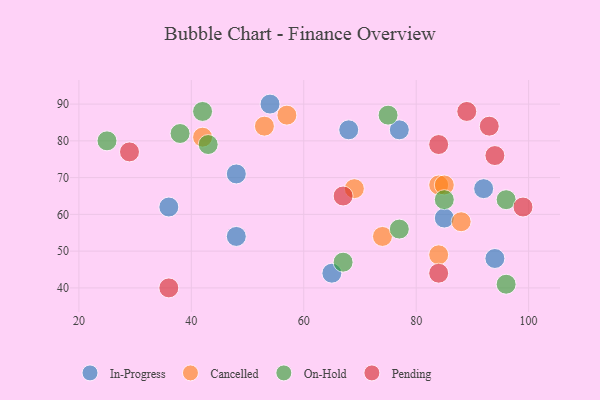
{"axis": {"x": "GDP", "y": "Life Expectancy"}, "legend": ["Cancelled", "In-Progress", "On-Hold", "Pending"], "data": [{"x": "77", "y": 83, "type": "In-Progress"}, {"x": "48", "y": 54, "type": "In-Progress"}, {"x": "36", "y": 62, "type": "In-Progress"}, {"x": "85", "y": 59, "type": "In-Progress"}, {"x": "94", "y": 48, "type": "In-Progress"}, {"x": "48", "y": 71, "type": "In-Progress"}, {"x": "92", "y": 67, "type": "In-Progress"}, {"x": "54", "y": 90, "type": "In-Progress"}, {"x": "65", "y": 44, "type": "In-Progress"}, {"x": "68", "y": 83, "type": "In-Progress"}, {"x": "84", "y": 68, "type": "Cancelled"}, {"x": "88", "y": 58, "type": "Cancelled"}, {"x": "85", "y": 68, "type": "Cancelled"}, {"x": "53", "y": 84, "type": "Cancelled"}, {"x": "42", "y": 81, "type": "Cancelled"}, {"x": "74", "y": 54, "type": "Cancelled"}, {"x": "57", "y": 87, "type": "Cancelled"}, {"x": "84", "y": 49, "type": "Cancelled"}, {"x": "69", "y": 67, "type": "Cancelled"}, {"x": "67", "y": 47, "type": "On-Hold"}, {"x": "43", "y": 79, "type": "On-Hold"}, {"x": "75", "y": 87, "type": "On-Hold"}, {"x": "42", "y": 88, "type": "On-Hold"}, {"x": "96", "y": 41, "type": "On-Hold"}, {"x": "38", "y": 82, "type": "On-Hold"}, {"x": "96", "y": 64, "type": "On-Hold"}, {"x": "25", "y": 80, "type": "On-Hold"}, {"x": "85", "y": 64, "type": "On-Hold"}, {"x": "77", "y": 56, "type": "On-Hold"}, {"x": "84", "y": 79, "type": "Pending"}, {"x": "36", "y": 40, "type": "Pending"}, {"x": "89", "y": 88, "type": "Pending"}, {"x": "29", "y": 77, "type": "Pending"}, {"x": "67", "y": 65, "type": "Pending"}, {"x": "99", "y": 62, "type": "Pending"}, {"x": "94", "y": 76, "type": "Pending"}, {"x": "84", "y": 44, "type": "Pending"}, {"x": "93", "y": 84, "type": "Pending"}]}